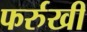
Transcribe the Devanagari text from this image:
फर्रुखी